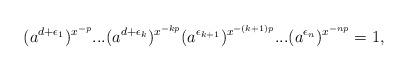
LaTeX: \begin{align*}(a^{d+\epsilon_{1}})^{x^{-p}} ... (a^{d+\epsilon_k})^{x^{-kp}}(a^{\epsilon_{k+1}})^{x^{-(k+1)p}} ... (a^{\epsilon_n})^{x^{-np}} = 1,\end{align*}